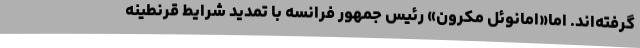
گرفته‌اند. اما«امانوئل مکرون» رئیس جمهور فرانسه با تمدید شرایط قرنطینه